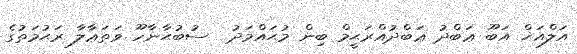
އަލްއަޚް އަބޫ ޢަބްދު ޢަބްދުއްރަޙީމް ބިން މުޙައްމަދު  ސުބުޙާނާހޫ ވަތަޢާލާ ރަޙުމަތުގެ